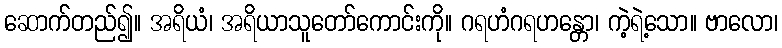
ဆောက်တည်၍။ အရိယံ၊ အရိယာသူတော်ကောင်းကို။ ဂရဟံဂရဟန္တော၊ ကဲ့ရဲ့သော။ ဗာလော၊